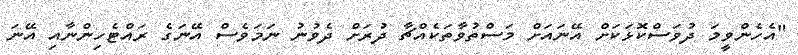
"އެހެންވީމަ ދުވަސްކޮޅަކަށް އޭނައަށް މަސްތުވާތަކެއްޗާ ދުރަށް ދެވުނު ނަމަވެސް އޭނަގެ ރައްޓެހިންނާއި އޭނަ